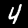
Digit: 4